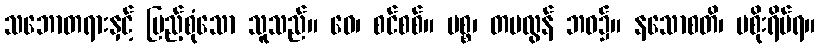
သဘောတရားနှင့် ပြည့်စုံသော သူသည်။ ဝေ၊ စင်စစ်။ ပစ္စ၊ တမလွန် ဘဝ၌။ နသောစတိ၊ မစိုးရိမ်ရ။